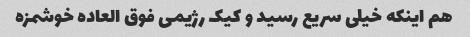
هم اینکه خیلی سریع رسید و کیک رژیمی فوق العاده خوشمزه